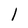
Character: 1